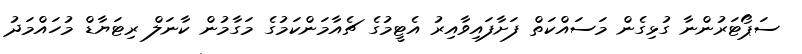
ސަޕޯޓަރުންނާ ގުޅިގެން މަސައްކަތް ފަށާފައިވާއިރު އެޓީމުގެ ޗެއާމަންކަމުގެ މަގާމުން ކާނަލް ރިޓަޔާޑް މުހައްމަދު